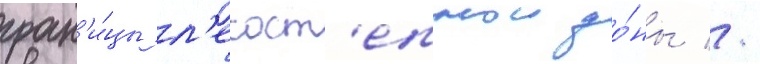
гран'и́цы л'есост'епнои зо́ны //